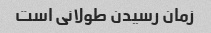
زمان رسیدن طولانی است